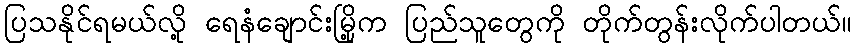
ပြသနိုင်ရမယ်လို့ ရေနံချောင်းမြို့က ပြည်သူတွေကို တိုက်တွန်းလိုက်ပါတယ်။